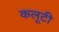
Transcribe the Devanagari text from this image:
कलूटी